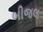
બીજલ